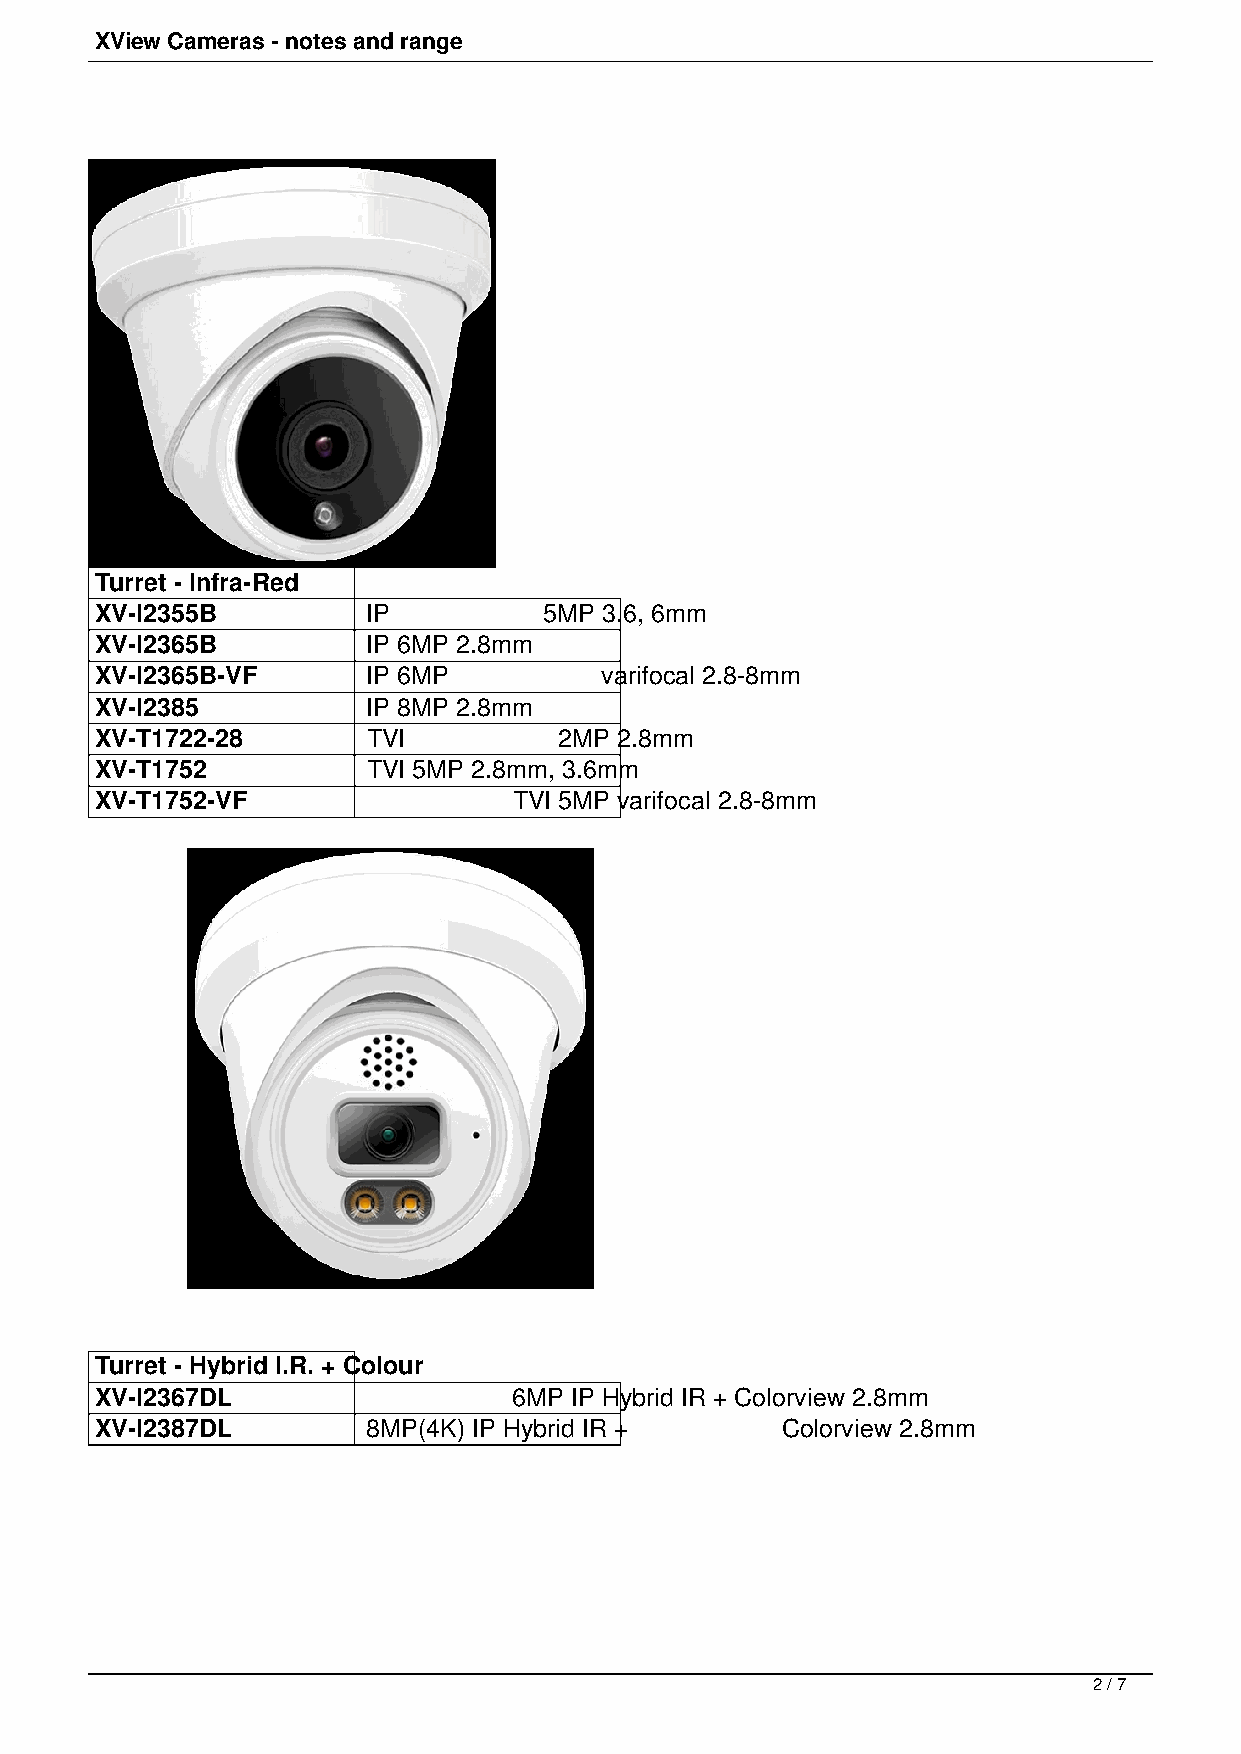
XView Cameras - notes and range
 Turret - Infra-Red
 XV-I2355B         IP          5MP 3.6, 6mm
 XV-I2365B         IP 6MP 2.8mm
 XV-I2365B-VF      IP 6MP          varifocal 2.8-8mm
 XV-I2385          IP 8MP 2.8mm
 XV-T1722-28       TVI          2MP 2.8mm
 XV-T1752          TVI 5MP 2.8mm, 3.6mm
 XV-T1752-VF                 TVI 5MP varifocal 2.8-8mm
 Turret - Hybrid I.R. + Colour
 XV-I2367DL                  6MP IP Hybrid IR + Colorview 2.8mm
 XV-I2387DL        8MP(4K) IP Hybrid IR +      Colorview 2.8mm
 2 / 7